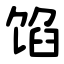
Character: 馅